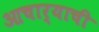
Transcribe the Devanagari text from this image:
आचार्‍याची